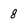
Character: 8